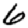
Digit: 6